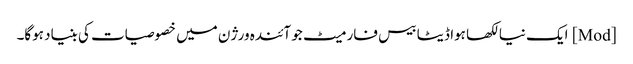
[Mod] ایک نیا لکھا ہوا ڈیٹا بیس فارمیٹ جو آئندہ ورژن میں خصوصیات کی بنیاد ہوگا۔